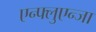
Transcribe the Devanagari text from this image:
एन्फ्लुएन्जा